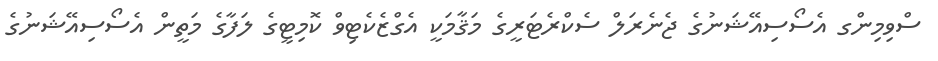
ސްވިމިންގ އެސޯސިއޭޝަނުގެ ޖެނެރަލް ސެކްރެޓަރީގެ މަޤާމަކީ އެގްޒެކެޓިވް ކޮމިޓީގެ ލަފާގެ މަތީން އެސޯސިއޭޝަނުގެ